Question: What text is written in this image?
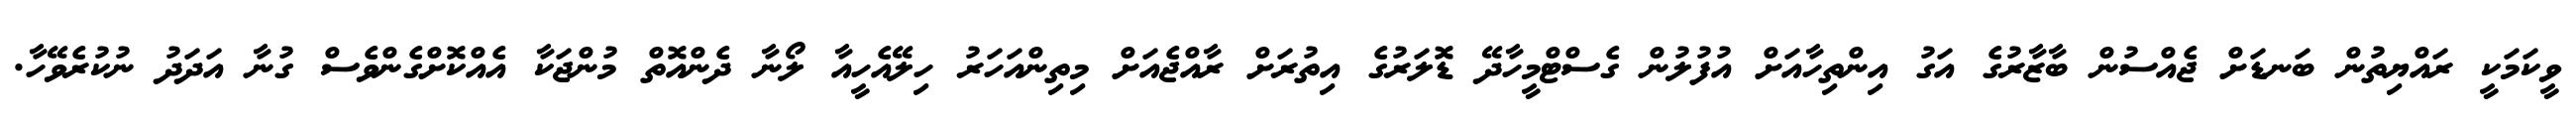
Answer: ވީކަމަކީ ރައްޔިތުން ބަނޑަށް ޖެއްސުން ބާޒާރުގެ އަގު އިންތިހާއަށް އުފުލުން ގެސްޓްމީހާދޭ ޑޮލަރުގެ އިތުރަށް ރާއްޖެއަށް މިތިންއަހަރު ހިލޭއެހީއާ ލޯނާ ދެންއޮތް މުންޖަކާ އެއްކޮށްގެންވެސް ގުނާ އަދަދު ނުކުރެވޭހާ.